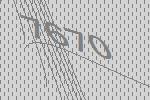
7670